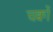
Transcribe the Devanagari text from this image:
चक्वों